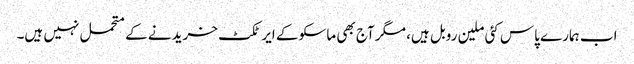
اب ہمارے پاس کئی ملین روبل ہیں، مگر آج بھی ماسکو کے ایرٹکٹ خریدنے کے متحمل نہیں ہیں۔